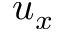
u _ { x }